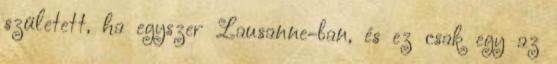
született, ha egyszer Lausanne-ban, és ez csak egy az